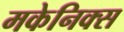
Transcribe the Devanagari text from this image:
मकेनिक्स